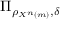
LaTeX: \Pi _ { \rho _ { X ^ { n } \left( m \right) } , \delta }